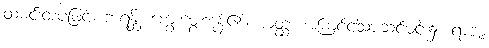
ထမင်းထုပ်ဖြင့်။ ဘရန္တိ၊ ကျွေးမွေးကုန်၏။ ယတ္ထ၊ အကြင်ငါ့သားဆင်မင်း၌။ ရာဇာ